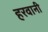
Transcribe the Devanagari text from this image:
हरवानी